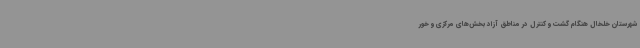
شهرستان خلخال هنگام گشت و کنترل در مناطق آزاد بخش‌های مرکزی و خور